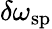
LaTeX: \delta\omega_{\mathrm{sp}}